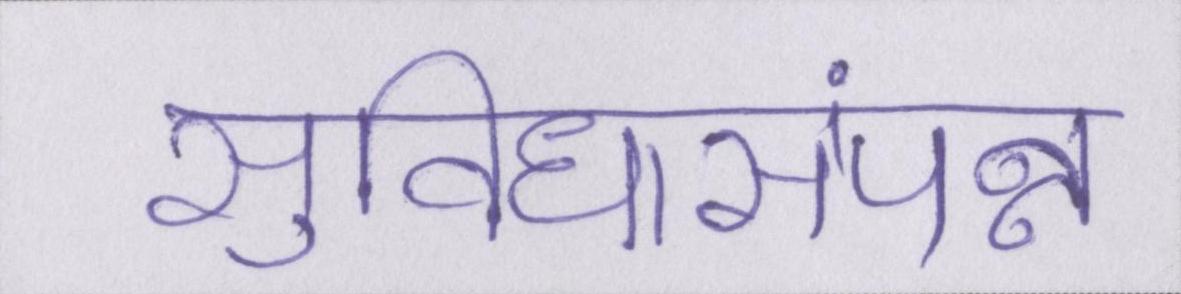
सुविधासंपन्न